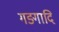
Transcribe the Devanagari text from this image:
गङ्गादि